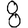
Digit: 8